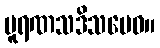
ပူရဏသဒိသမေဝ။